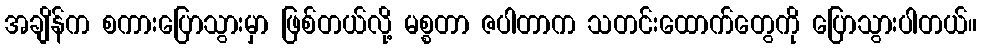
အချိန်က စကားပြောသွားမှာ ဖြစ်တယ်လို့ မစ္စတာ ဇပါတာက သတင်းထောက်တွေကို ပြောသွားပါတယ်။